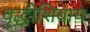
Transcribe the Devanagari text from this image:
वृद्धीशिवाय